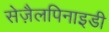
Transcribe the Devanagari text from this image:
सेज़ैलपिनाइडी